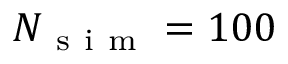
N _ { \mathrm { ~ s ~ i ~ m ~ } } = 1 0 0